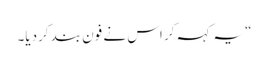
“ یہ کہہ کر اس نے فون بند کردیا۔